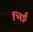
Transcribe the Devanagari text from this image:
भिई